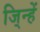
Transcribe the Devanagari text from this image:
जि्न्हें